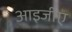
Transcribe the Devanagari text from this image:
आइजीए